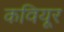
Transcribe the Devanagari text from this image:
कवियूर